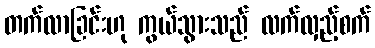
တက်လာခြင်းဟု ကွယ်သွားသည် လက်လှည့်စက်